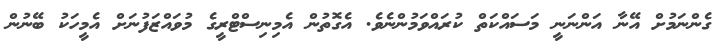
ގެންނަމުށް އޭނާ އަންނަނީ މަސައްކަތް ކުރައްވަމުންނެވެ. އެގޮތުން އެމިނިސްޓްރީގެ މުވައްޒަފުނަށް އެމީހަކު ބޭނުން